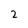
Character: 2